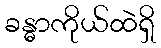
ခန္ဓာကိုယ်ထဲရှိ